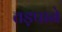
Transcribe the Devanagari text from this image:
तड़पाने